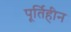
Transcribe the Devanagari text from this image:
पूर्तिहीन